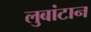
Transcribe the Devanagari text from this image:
लुबांटान